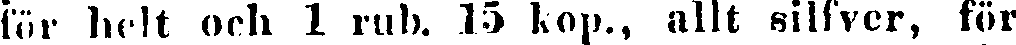
för helt och 1 rub. 15 kop., allt silfver, för